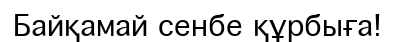
Байқамай сенбе құрбыға!